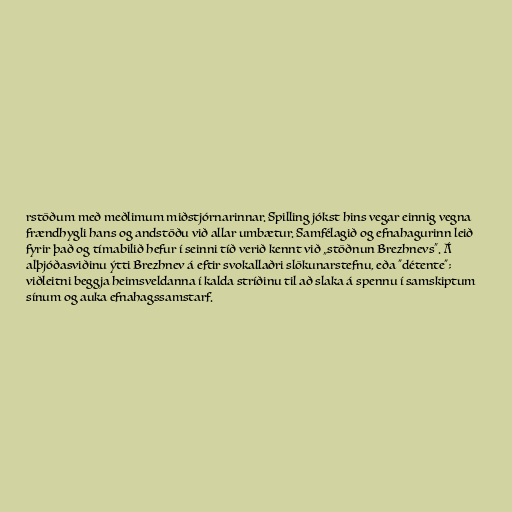
rstöðum með meðlimum miðstjórnarinnar. Spilling jókst hins vegar einnig vegna
frændhygli hans og andstöðu við allar umbætur. Samfélagið og efnahagurinn leið
fyrir það og tímabilið hefur í seinni tíð verið kennt við „stöðnun Brezhnevs“. Á
alþjóðasviðinu ýtti Brezhnev á eftir svokallaðri slökunarstefnu, eða "détente";
viðleitni beggja heimsveldanna í kalda stríðinu til að slaka á spennu í samskiptum
sínum og auka efnahagssamstarf.